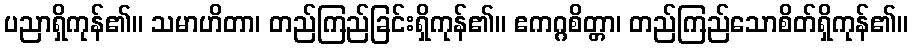
ပညာရှိကုန်၏။ သမာဟိတာ၊ တည်ကြည်ခြင်းရှိကုန်၏။ ဧကဂ္ဂစိတ္တာ၊ တည်ကြည်သောစိတ်ရှိကုန်၏။